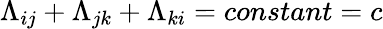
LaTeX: \Lambda_{ij}+\Lambda_{jk}+\Lambda_{ki}=constant=c